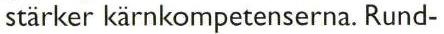
stärker kärnkompetenserna. Rund-